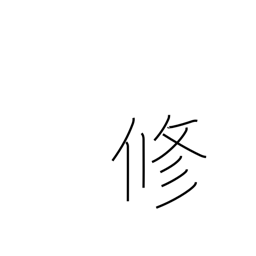
Meaning: master